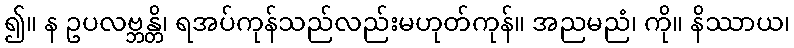
၍။ န ဥပလဗ္ဘန္တိ၊ ရအပ်ကုန်သည်လည်းမဟုတ်ကုန်။ အညမညံ၊ ကို။ နိဿာယ၊